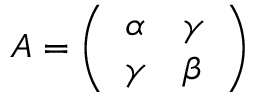
A = \left( \begin{array} { l l } { \alpha } & { \gamma } \\ { \gamma } & { \beta } \end{array} \right)